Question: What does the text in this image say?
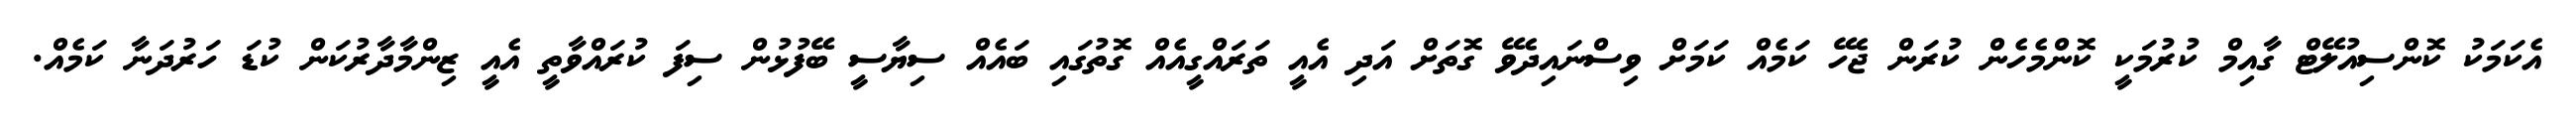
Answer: އެކަމަކު ކޮންސިއުލޭޓް ގާއިމް ކުރުމަކީ ކޮންމެހެން ކުރަން ޖެހޭ ކަމެއް ކަމަށް ވިސްނައިދެވޭ ގޮތަށް އަދި އެއީ ތަރައްގީއެއް ގޮތުގައި ބައެއް ސިޔާސީ ބޭފުޅުން ސިފަ ކުރައްވާތީ އެއީ ޒިންމާދާރުކަން ކުޑަ ހަރުދަނާ ކަމެއް.